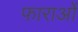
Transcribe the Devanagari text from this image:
फाराओं